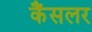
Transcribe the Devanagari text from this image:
कैंसलर